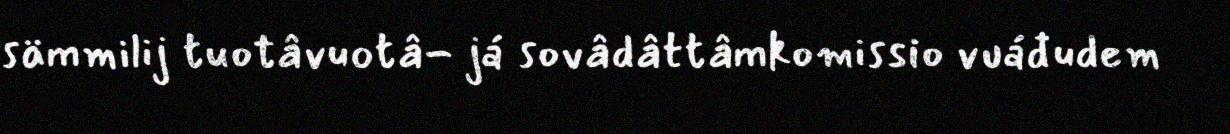
sämmilij tuotâvuotâ- já sovâdâttâmkomissio vuáđudem